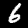
Digit: 6